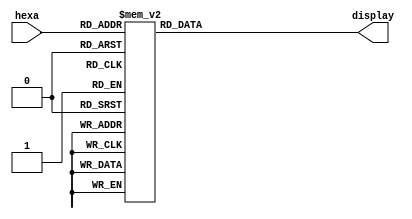
/* ----------------------------------------------------------------
 * Arquivo   : hexa7seg.v
 * Projeto   : Experiencia 6 - Projeto Base do Jogo do Desafio da Memria
 *--------------------------------------------------------------
 * Descricao : decodificador hexadecimal para 
 *             display de 7 segmentos 
 * 
 * entrada : hexa - codigo binario de 4 bits hexadecimal
 * saida   : sseg - codigo de 7 bits para display de 7 segmentos
 *
 * baseado no componente bcd7seg.v da Intel FPGA
 *--------------------------------------------------------------
 * dica de uso: mapeamento para displays da placa DE0-CV
 *              bit 6 mais significativo  o bit a esquerda
 *              p.ex. sseg(6) -> HEX0[6] ou HEX06
 *--------------------------------------------------------------
 */

module hexa7seg (hexa, display);
    input      [3:0] hexa;
    output reg [6:0] display;

    /*
     *    ---
     *   | 0 |
     * 5 |   | 1
     *   |   |
     *    ---
     *   | 6 |
     * 4 |   | 2
     *   |   |
     *    ---
     *     3
     */
        
    always @(hexa)
    case (hexa)
        4'h0:    display = 7'b1000000;
        4'h1:    display = 7'b1111001;
        4'h2:    display = 7'b0100100;
        4'h3:    display = 7'b0110000;
        4'h4:    display = 7'b0011001;
        4'h5:    display = 7'b0010010;
        4'h6:    display = 7'b0000010;
        4'h7:    display = 7'b1111000;
        4'h8:    display = 7'b0000000;
        4'h9:    display = 7'b0010000;
        4'ha:    display = 7'b0001000;
        4'hb:    display = 7'b0000011;
        4'hc:    display = 7'b1000110;
        4'hd:    display = 7'b0100001;
        4'he:    display = 7'b0000110;
        4'hf:    display = 7'b0001110;
        default: display = 7'b1111111;
    endcase
endmodule